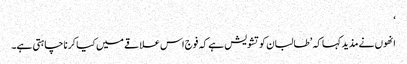
‘
انھوں نے مذید کہا کہ ’طالبان کو تشویش ہے کہ فوج اس علاقے میں کیا کر نا چاہتی ہے۔